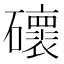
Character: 䃶